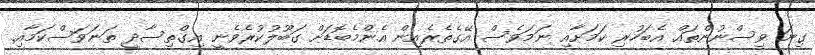
ގިނަ ވިސްނުންތައް އެބަހުރި ކަމަށާއި ނަމަވެސް އޭގެތެރެއިން އެންމެބޮޑަށް ގަބޫލުކުރެވެނީ އިގްތިސާދީ ތަނަވަސްކަމާއި